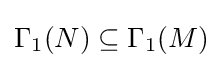
\Gamma _{1}(N)\subseteq \Gamma _{1}(M)